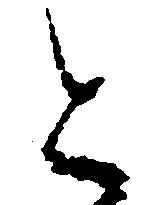
と